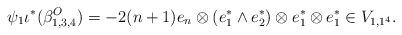
LaTeX: \begin{gather*} \psi_1 \iota^*(\beta^O_{1,3,4})=-2(n+1) e_n\otimes (e_1^*\wedge e_2^*) \otimes e_1^*\otimes e_1^*\in V_{1, 1^4}. \end{gather*}